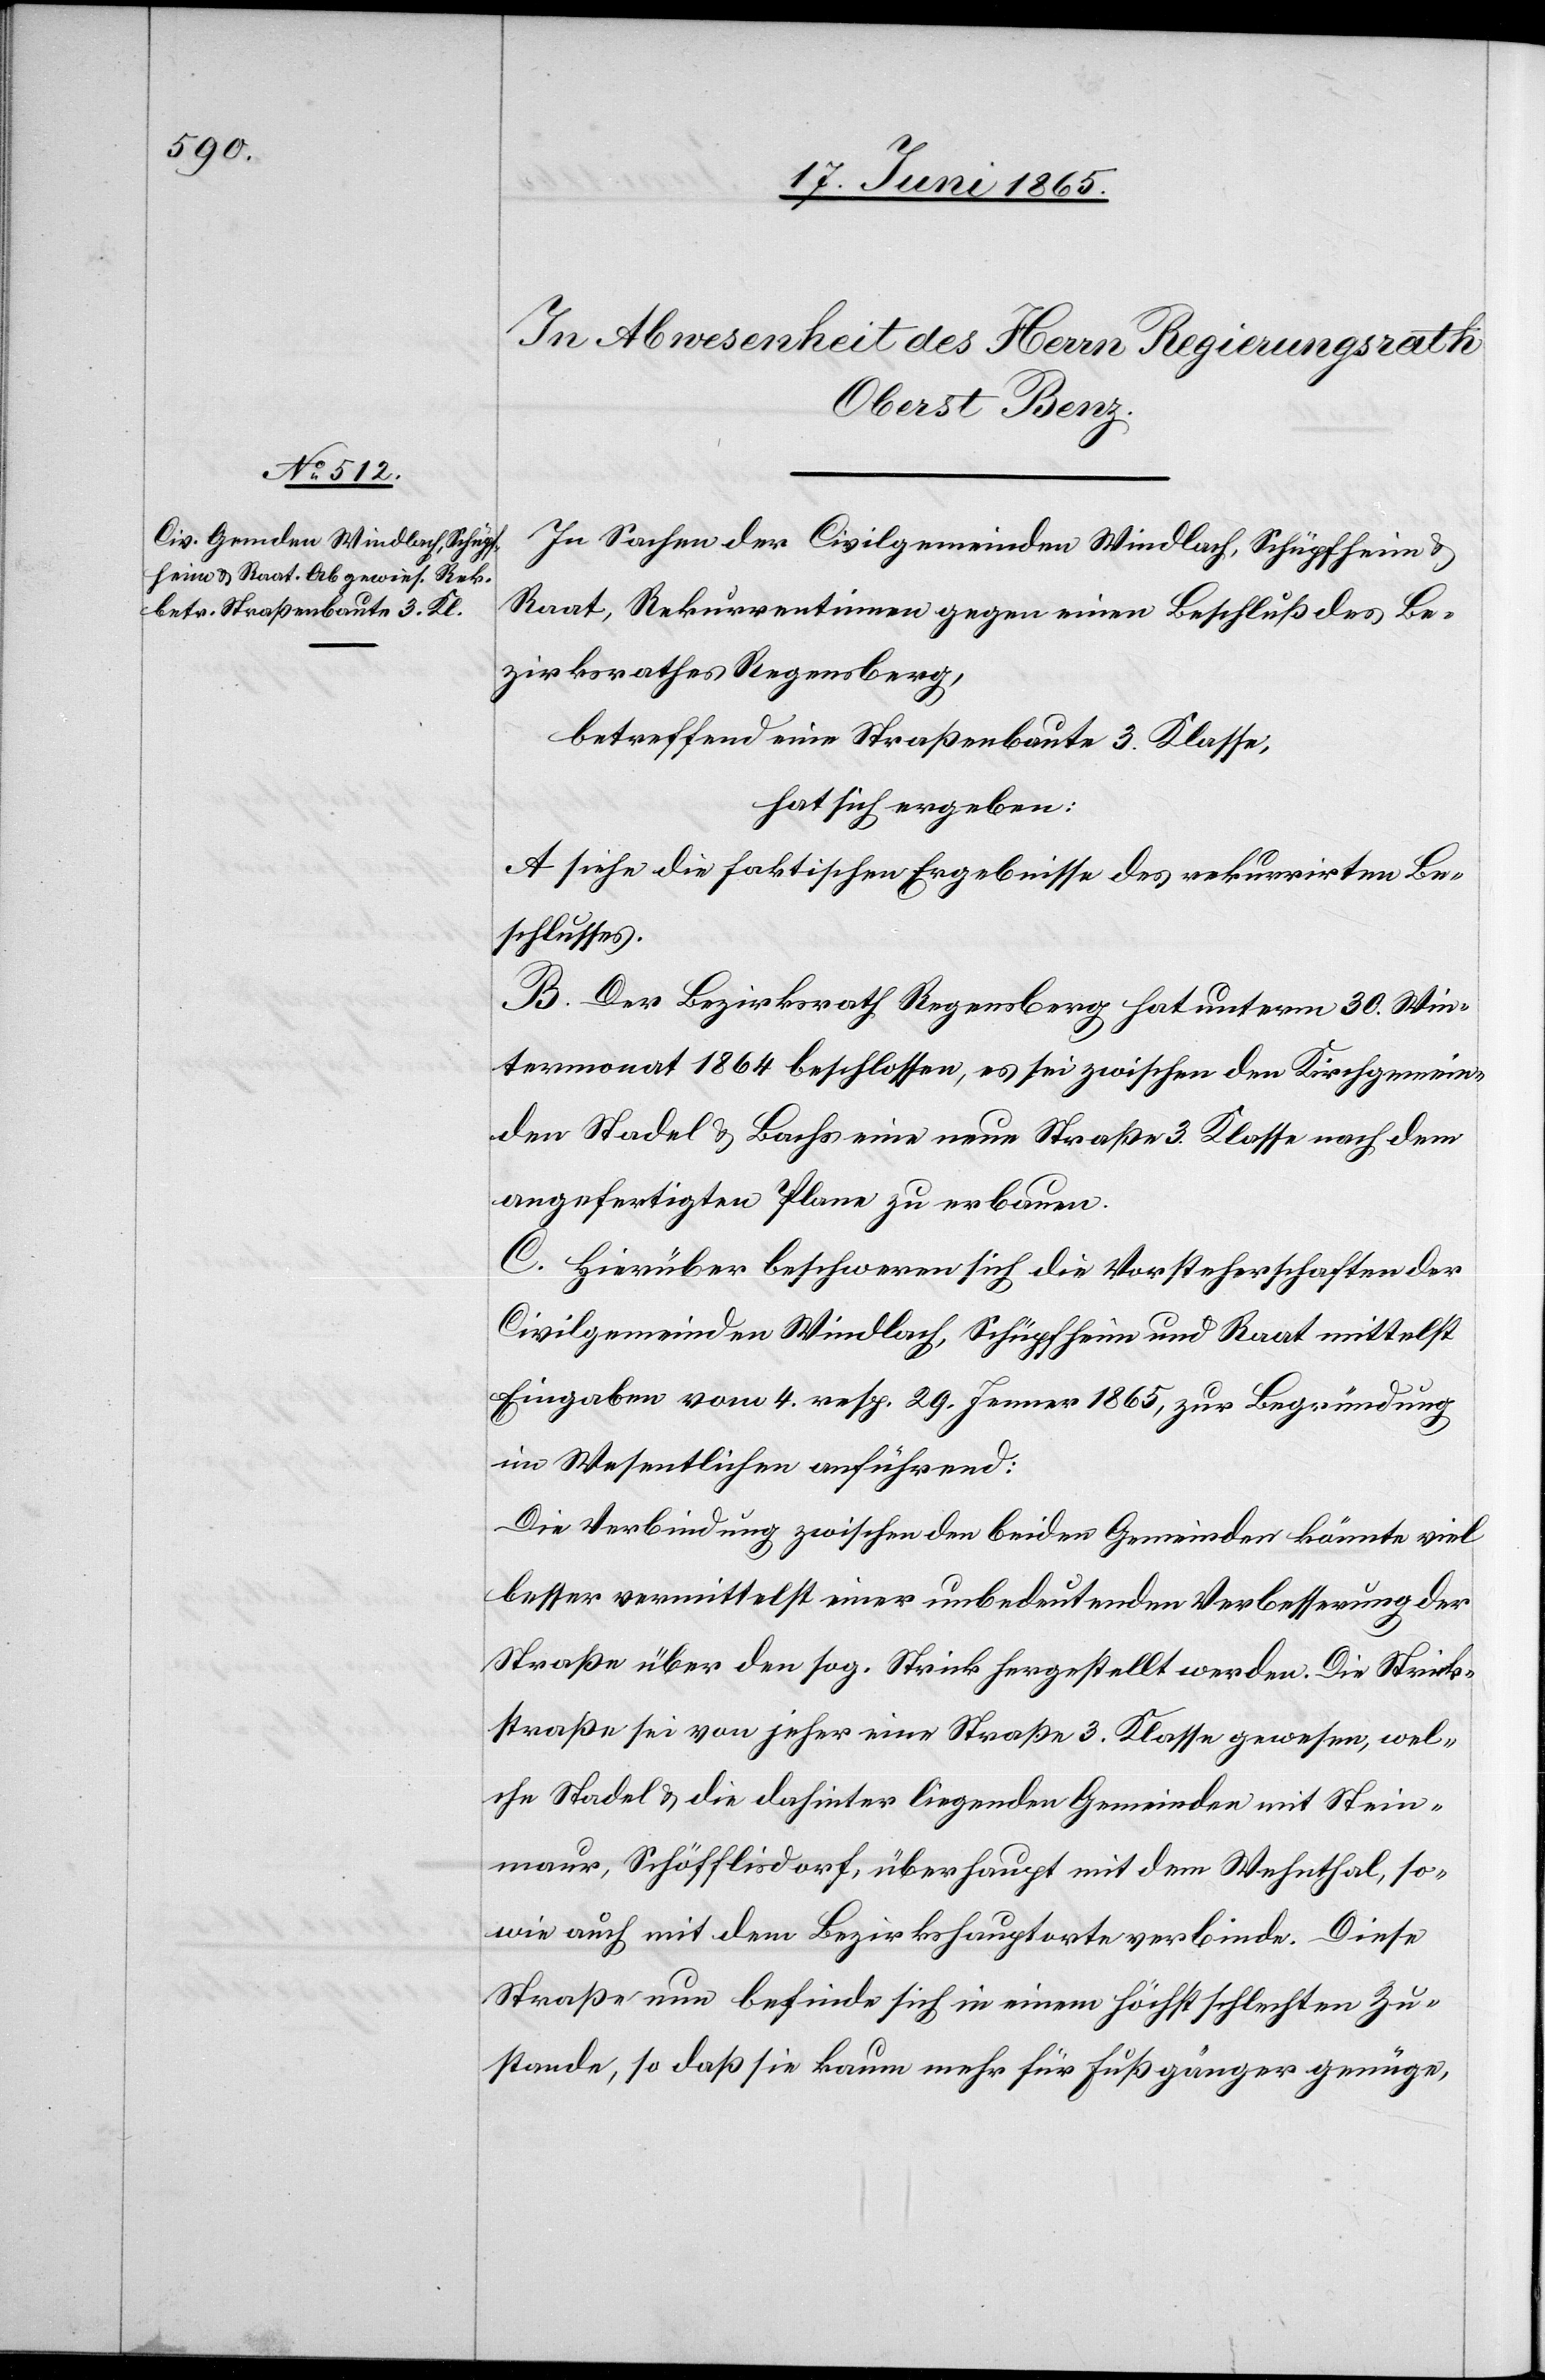
In Sachen der Civilgemeinden Windlach, Schüpfheim &
Raat, Rekurrentinnen gegen einen Beschluß des Be¬
zirksrathes Regensberg,
betreffend eine Straßenbaute 3. Klasse,
hat sich ergeben:
A siehe die faktischen Ergebnisse des rekurrirten Be¬
schlusses.
B. Der Bezirksrath Regensberg hat unterm 30. Win¬
termonat 1864 beschlossen, es sei zwischen den Kirchgemein¬
den Stadel & Bachs eine neue Straße 3. Klasse nach dem
angefertigten Plane zu erbauen.
C. Hierüber beschweren sich die Vorsteherschaften der
Civilgemeinden Windlach, Schüpfheim und Raat mittelst
Eingaben vom 4. resp. 29. Jenner 1865, zur Begründung
in Wesentlichen anführend:
Die Verbindung zwischen den beiden Gemeinden könnte viel
besser vermittelst einer unbedeutenden Verbesserung der
Straße über den sog. Strick hergestellt werden. Die Strick¬
straße sei von jeher eine Straße 3. Klasse gewesen, wel¬
che Stadel & die dahinter liegenden Gemeinden mit Stein¬
maur, Schöfflisdorf, überhaupt mit dem Wehnthal, so
wie auch mit dem Bezirkshauptorte verbinde. Diese
Straße nun befinde sich in einem höchst schlechten Zu¬
stande, so daß sie kaum mehr für Fußgänger genüge,